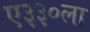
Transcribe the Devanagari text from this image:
ए३३०ला